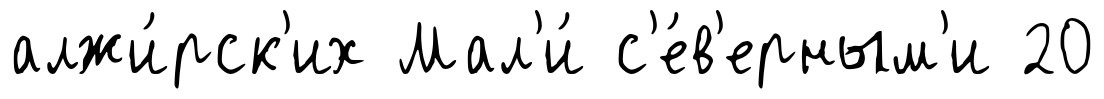
алжи́рск'их Мал'и́ с'е́в'ерным'и 20